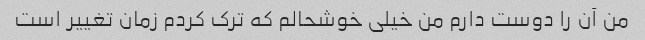
من آن را دوست دارم من خیلی خوشحالم که ترک کردم زمان تغییر است